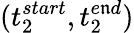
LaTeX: (t_{2}^{start},t_{2}^{e\mathfrak{n}d})